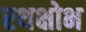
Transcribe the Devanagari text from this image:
रथक्षोभ